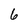
Character: 6